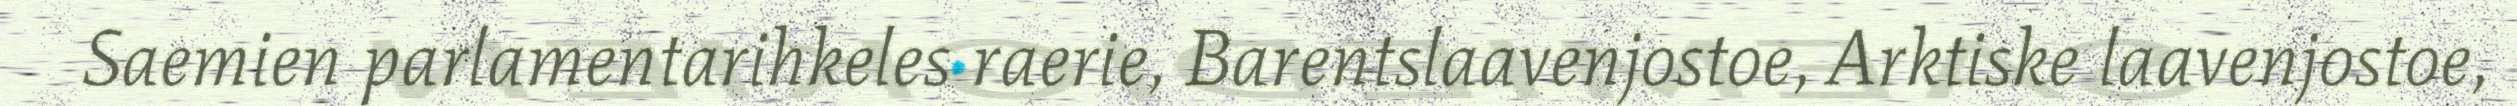
Saemien parlamentarihkeles raerie, Barentslaavenjostoe, Arktiske laavenjostoe,